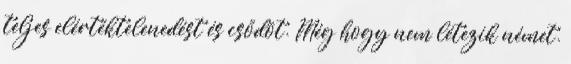
teljes elértéktelenedést és csődöt. Még hogy nem létezik német.